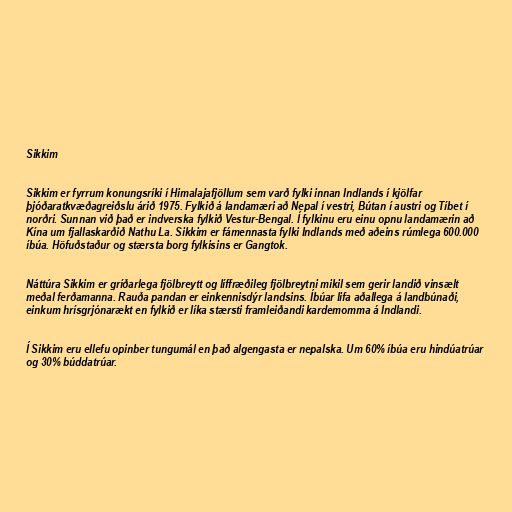
Sikkim

Sikkim er fyrrum konungsríki í Himalajafjöllum sem varð fylki innan Indlands í kjölfar
þjóðaratkvæðagreiðslu árið 1975. Fylkið á landamæri að Nepal í vestri, Bútan í austri og Tíbet í
norðri. Sunnan við það er indverska fylkið Vestur-Bengal. Í fylkinu eru einu opnu landamærin að
Kína um fjallaskarðið Nathu La. Sikkim er fámennasta fylki Indlands með aðeins rúmlega 600.000
íbúa. Höfuðstaður og stærsta borg fylkisins er Gangtok.

Náttúra Sikkim er gríðarlega fjölbreytt og líffræðileg fjölbreytni mikil sem gerir landið vinsælt
meðal ferðamanna. Rauða pandan er einkennisdýr landsins. Íbúar lifa aðallega á landbúnaði,
einkum hrísgrjónarækt en fylkið er líka stærsti framleiðandi kardemomma á Indlandi.

Í Sikkim eru ellefu opinber tungumál en það algengasta er nepalska. Um 60% íbúa eru hindúatrúar
og 30% búddatrúar.